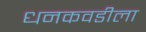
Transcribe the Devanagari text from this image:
धनकवडीला